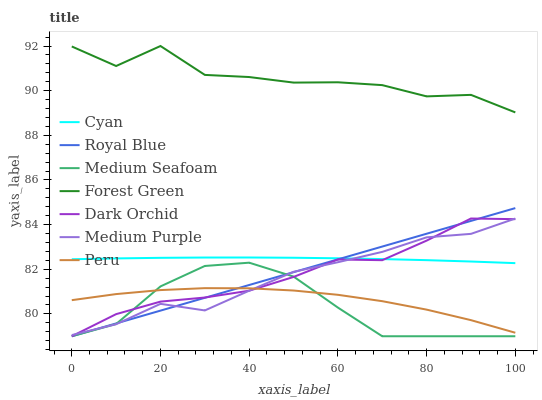
| xaxis_label | Cyan | Royal Blue | Medium Seafoam | Forest Green | Dark Orchid | Medium Purple | Peru |
 | --- | --- | --- | --- | --- | --- | --- | --- |
 | 0 | 82.4 | 79 | 79 | 92 | 79 | 79.1 | 80.6 |
 | 10 | 82.5 | 79.6 | 79.5 | 91.1 | 80 | 79.5 | 80.9 |
 | 20 | 82.5 | 80.1 | 81.2 | 92 | 80.6 | 80.5 | 81.1 |
 | 30 | 82.5 | 80.7 | 82.1 | 90.7 | 80.7 | 80.2 | 81.2 |
 | 40 | 82.5 | 81.3 | 82.3 | 90.6 | 81 | 81 | 81.1 |
 | 50 | 82.5 | 81.9 | 81.7 | 90.4 | 81.7 | 81.9 | 81 |
 | 60 | 82.5 | 82.4 | 80.3 | 90.4 | 82.4 | 82.3 | 80.9 |
 | 70 | 82.5 | 83 | 79 | 90.2 | 82.4 | 82.8 | 80.6 |
 | 80 | 82.4 | 83.6 | 79 | 89.7 | 83.3 | 83.4 | 80.2 |
 | 90 | 82.3 | 84.2 | 79 | 89.8 | 84.3 | 83.6 | 79.7 |
 | 100 | 82.3 | 84.7 | 79 | 89 | 84.2 | 84.3 | 79.2 |